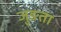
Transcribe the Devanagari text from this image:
जुङता